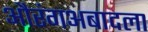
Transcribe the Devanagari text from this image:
औरंगअबादला